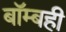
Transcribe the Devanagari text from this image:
बॉम्बही